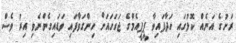
ރަށުގެ އަނެއް ކޮޅުގައި ހަދާފައިވާ ޕީޕީއެމްގެ ޖަގަހައަށް ހިންގަވާފައި ވަޑައިގެންނެވި އިރު ވެސް